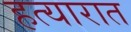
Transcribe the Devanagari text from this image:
हत्यारात